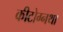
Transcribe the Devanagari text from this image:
कीटोग्नथा